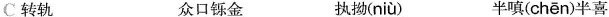
C转轨 众口铄金 执拗( niù ) 半嗔( chēn )半喜